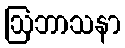
ဩဘာသနာ